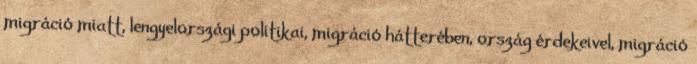
migráció miatt, lengyelországi politikai, migráció hátterében, ország érdekeivel, migráció